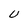
Character: U